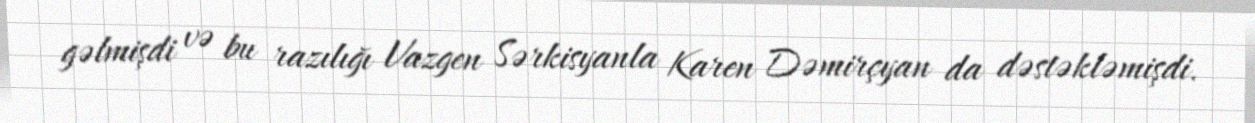
gəlmişdi və bu razılığı Vazgen Sərkisyanla Karen Dəmirçyan da dəstəkləmişdi.